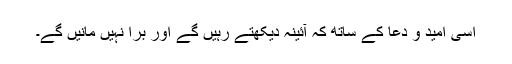
اسی امید و دعا کے ساتھ کہ آئینہ دیکھتے رہیں گے اور برا نہیں مانیں گے۔